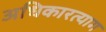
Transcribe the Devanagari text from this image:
अधिकारत्याग